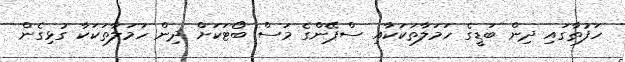
ހަފުތާގައި ދިން ބަޑީގެ ހަމަލާތަކަކާއި ސްޕޭންގެ މަސް ބޯޓަކަށް ދިން ހަމަލާތަކަކާ ގުޅިގެން